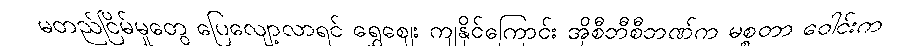
မတည်ငြိမ်မှုတွေ ပြေလျော့လာရင် ရွှေဈေး ကျနိုင်ကြောင်း အိုစီဘီစီဘဏ်က မစ္စတာ ဝေါင်းက